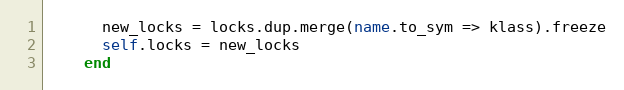
Language: Ruby
      new_locks = locks.dup.merge(name.to_sym => klass).freeze
      self.locks = new_locks
    end